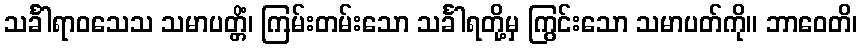
သင်္ခါရာဝသေသ သမာပတ္တိံ၊ ကြမ်းတမ်းသော သင်္ခါရတို့မှ ကြွင်းသော သမာပတ်ကို။ ဘာဝေတိ၊